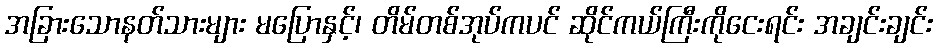
အခြားသောနတ်သားများ မပြောနှင့်၊ တိမ်တစ်အုပ်ကပင် ဆိုင်ကယ်ကြီးကိုငေးရင်း အချင်းချင်း